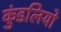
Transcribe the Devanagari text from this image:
कुंडलियो